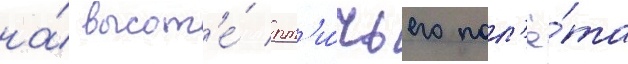
на́ высот'е́ пт'и́чьего пол'ё́та